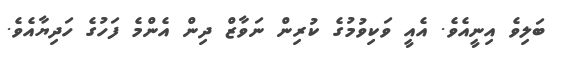
ބަލިވެ އިނީއެވެ. އެއީ ވަކިވުމުގެ ކުރިން ނަވާޒް ދިން އެންމެ ފަހުގެ ހަދިޔާއެވެ.